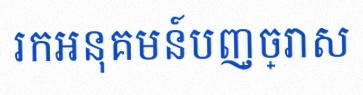
រកអនុគមន៍បញ្ច្រាស